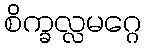
စိက္ခလ္လမဂ္ဂေ